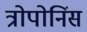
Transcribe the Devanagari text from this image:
त्रोपोनिंस